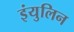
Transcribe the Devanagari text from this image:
इंयुलिन